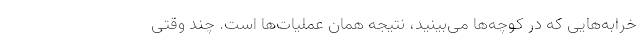
خرابه‌هایی که در کوچه‌ها می‌بینید، نتیجه همان عملیات‌ها است. چند وقتی